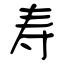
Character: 寿